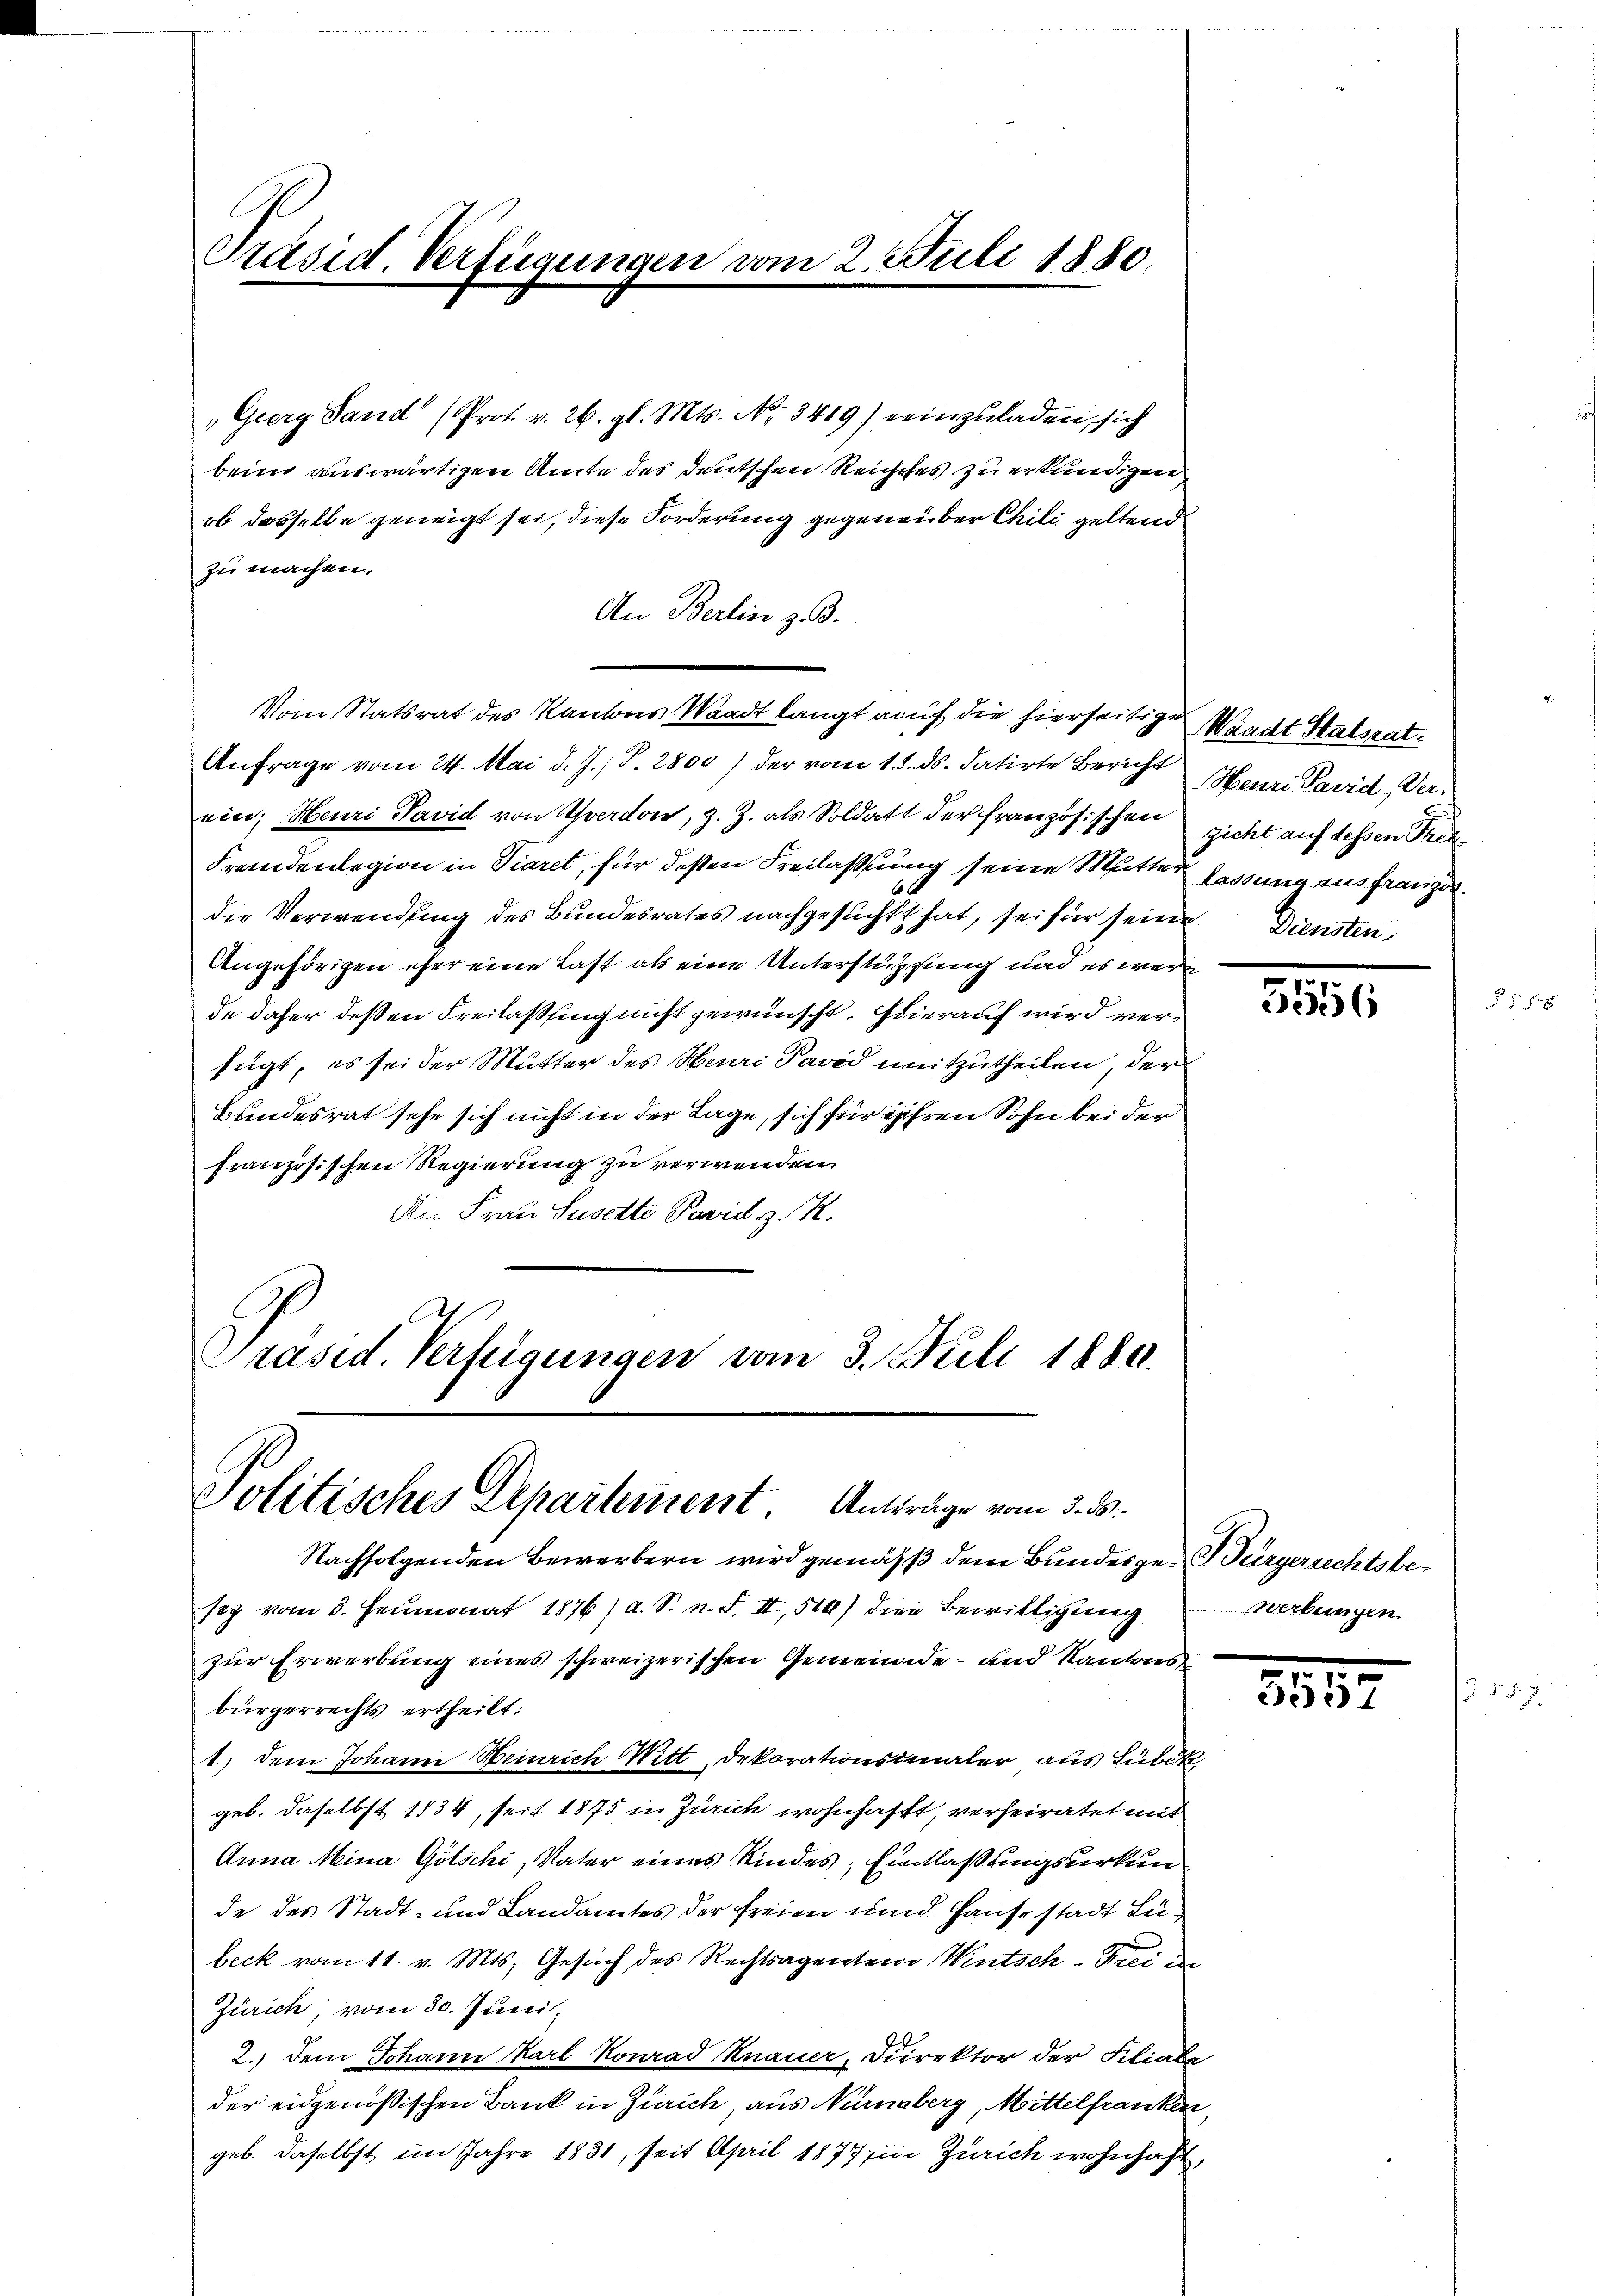
Präsid. Verfügungen vom 2. Juli 1880.

Geery Sand (Prot. v. 26. gl. Mts. No. 3419) einzuladen, sich
beim auswärtigen Amte des deutschen Reichtes zu erkundigen
ob dasselbe geneigt sei, diese Forderung gegenüber Chili geltend
zu machen.
An Berlin z. B.
Vom Statsrat des Kantons Waadt langt auf die hierseitige Waadt Statsrat¬
Anfrage vom 24. Mai d. J. P. 2800) der vom 15. ds. datirte Bericht Henri Pavid, Verein; Heuri Pavid von Yverdon, z. Z. als Soldatt der französischen zicht auf dessen Thea¬
Fremdenlegion in Viaret, für deßen Freilassung seine Mutter lassung aus Franzen.
6x
die Verwendung des Bundesrates nachgesucht hat, sei für seine
Angehörigen eher eine Last als eine Unterstützung und es werde
de daher deßen Freilassing nicht gewünscht. Hierauf wird verfügt, es sei der Mutter des Haar Pavid mitzutheilen, der
Bundesrat sehe sich nicht in der Lage, sich für ihren Sohn bei der
französischen Regierung zu verwenden.
An Frau Susette Pavid z. K.
Präsid. Verfügungen vom 3. Juli 1880.

Politisches Departement. Anträge vom 3. ds.

Nachfolgenden Bewerbern wird gemäß dem Bundesge-G. Bürgerrechtsbesez vom 3. Heumonat 1876/ a. S. n. F. II, 510) die Bewilligung
zur Erwerbung eines schweizerischen Gemeinde- und Kantons-
bürgerrechts ertheilt:
1.) Dem Johann Heinrich Witt, Dekorationsmaler aus Lubik
geb. daselbst 1834, seit 1875 in Zürich wohnhafft, verheiratet mit
Anna Mina Gotschi, Vater eines Kindes; Eintlaßungsurkun
de des Stadt- und Landamtes der freien und Hause stadt Lubeck vom 11. v. Mts. Gesuch des Rechtsagenten Wintsch-Frei ide
Zürich, vom 30. Juni,
2.) Dem Johann Karl Konrad Knauer, Direktor der Filiale
der eidgenößischen Bank in Zürich, aus Nürnberg, Mittelfranken,
geb. daselbst im Jahre 1831, seit April 1877 in Zürich wohnhaft,

Diensten.

5556

Werbungen

.
5552

d §. §. 7.